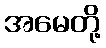
အမေတို့